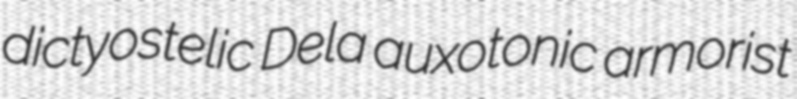
dictyostelic Dela auxotonic armorist